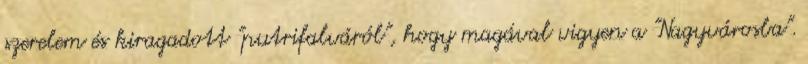
szerelem és kiragadott "putrifalváról", hogy magával vigyen a "Nagyvárosba".